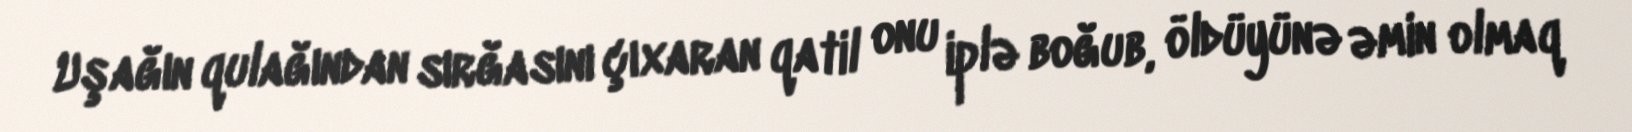
Uşağın qulağından sırğasını çıxaran qatil onu iplə boğub, öldüyünə əmin olmaq